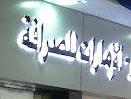
أوماران